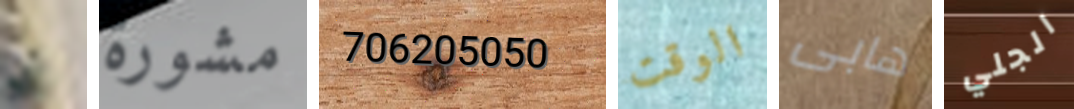
بي مشورة 706205050 الوقت هابى الجلي